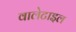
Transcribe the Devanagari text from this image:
वालेटाइल